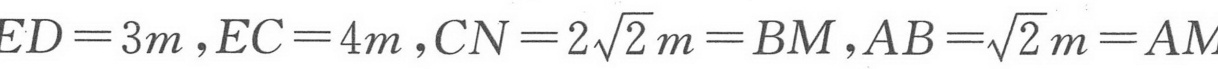
\(ED = 3m,EC = 4m,CN = 2\sqrt{2}m=BM,AB=\sqrt{2}m = AM\)